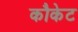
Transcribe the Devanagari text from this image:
कौकेट